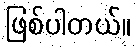
ဖြစ်ပါတယ်။